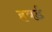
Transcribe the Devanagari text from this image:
हबर्ड